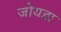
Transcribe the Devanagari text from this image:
जोयडा